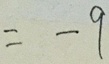
= - 9